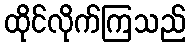
ထိုင်လိုက်ကြသည်